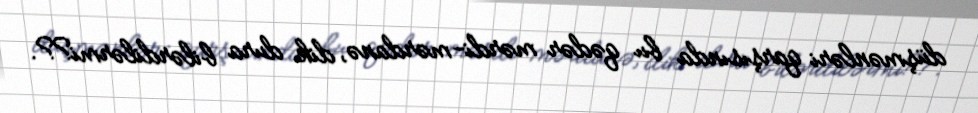
düşmənləri qarşısında bu qədər mərdi-mərdanə, dik dura bilərdilərmi??.